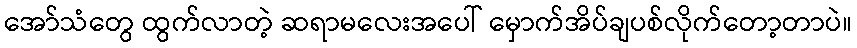
အော်သံတွေ ထွက်လာတဲ့ ဆရာမလေးအပေါ် မှောက်အိပ်ချပစ်လိုက်တော့တာပဲ။